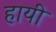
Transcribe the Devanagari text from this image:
हायी